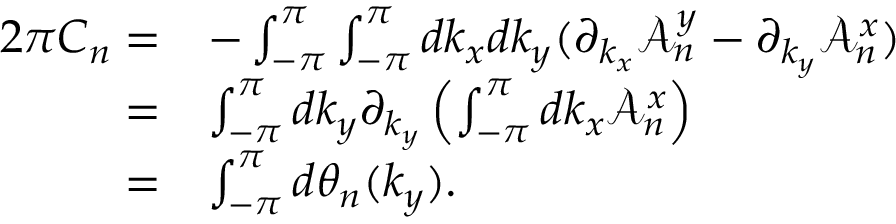
\begin{array} { r l } { 2 \pi C _ { n } = } & { - \int _ { - \pi } ^ { \pi } \int _ { - \pi } ^ { \pi } d k _ { x } d k _ { y } ( \partial _ { k _ { x } } \mathcal { A } _ { n } ^ { y } - \partial _ { k _ { y } } \mathcal { A } _ { n } ^ { x } ) } \\ { = } & { \int _ { - \pi } ^ { \pi } d k _ { y } \partial _ { k _ { y } } \left( \int _ { - \pi } ^ { \pi } d k _ { x } \mathcal { A } _ { n } ^ { x } \right) } \\ { = } & { \int _ { - \pi } ^ { \pi } d \theta _ { n } ( k _ { y } ) . } \end{array}